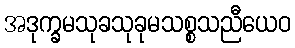
အဒုက္ခမသုခသုခုမသစ္စသညီယေဝ